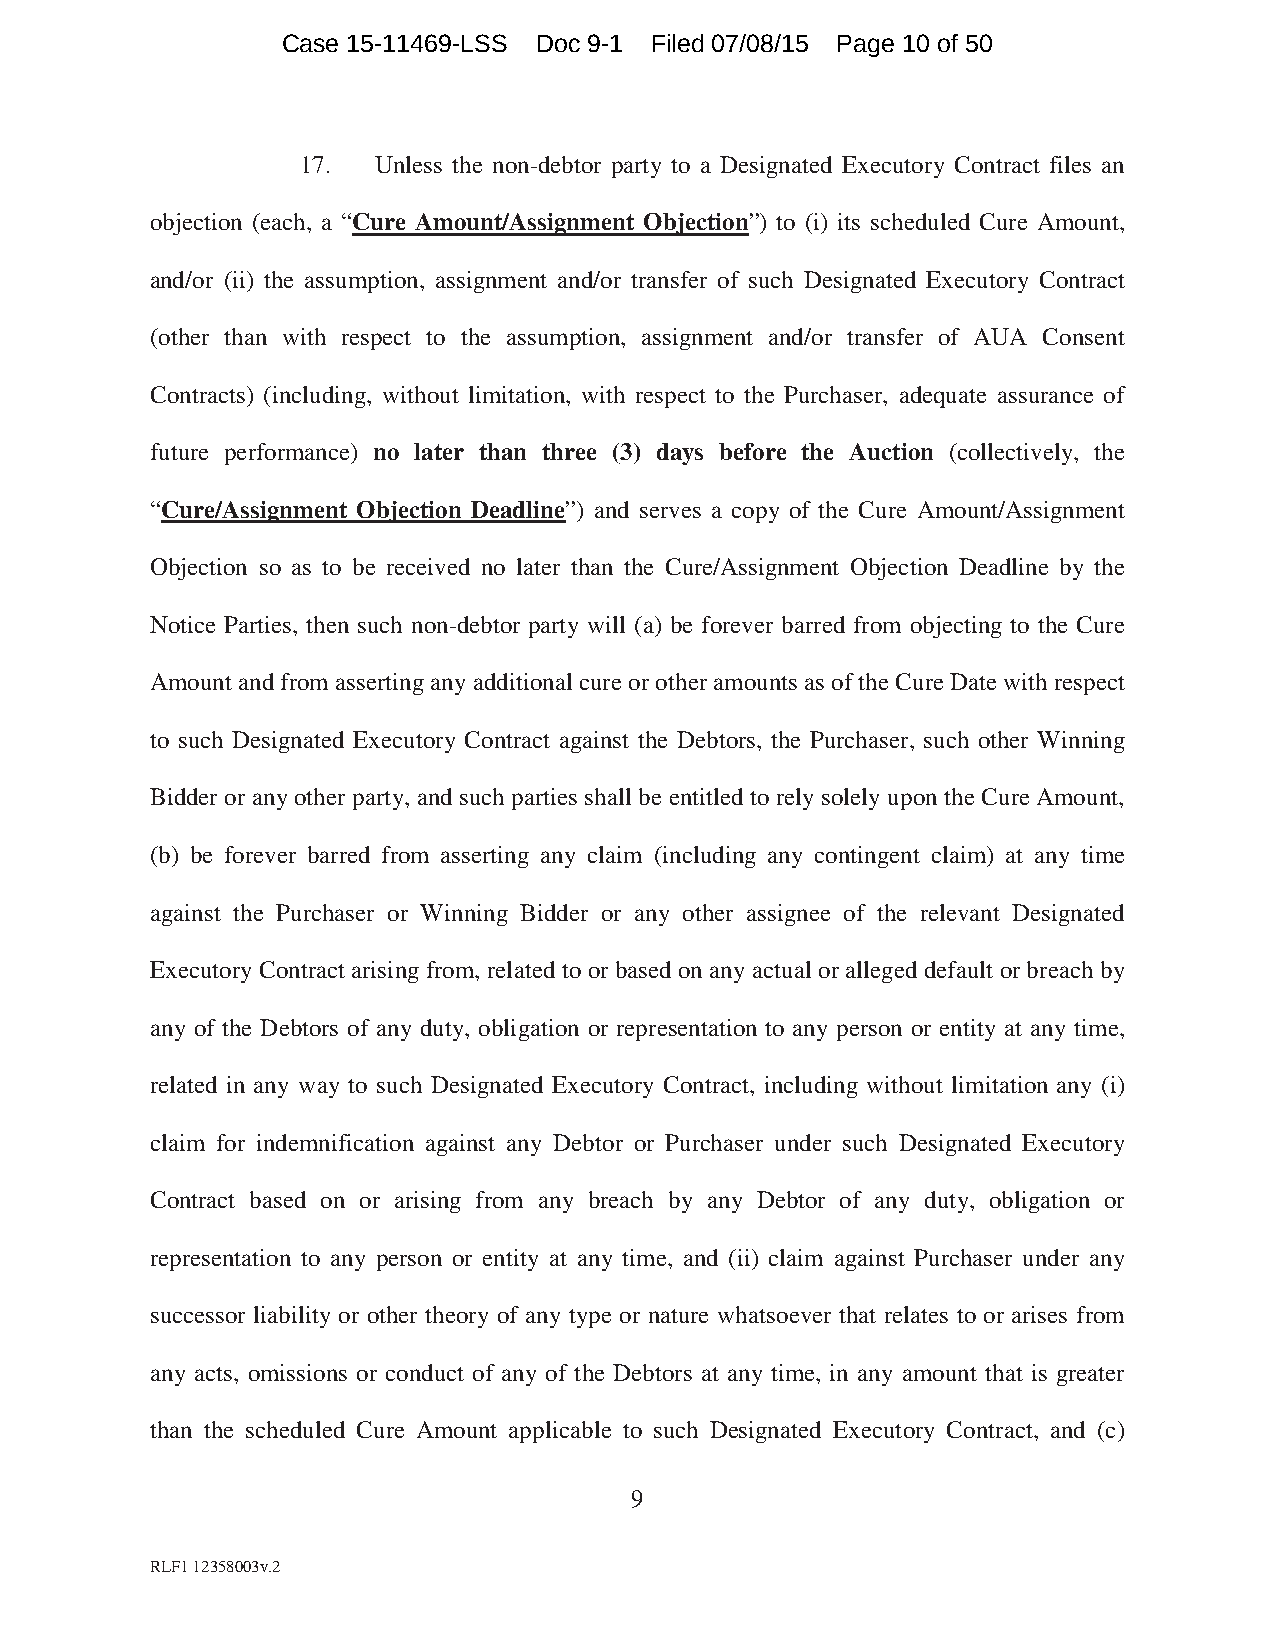
Case 15-11469-LSS Doc 9-1 Filed 07/08/15 Page 10 of 50
 17.  Unless the non-debtor party to a Designated Executory Contract files an
 objection (each, a “Cure Amount/Assignment Objection”) to (i) its scheduled Cure Amount,
 and/or (ii) the assumption, assignment and/or transfer of such Designated Executory Contract
 (other than with respect to the assumption, assignment and/or transfer of AUA Consent
 Contracts) (including, without limitation, with respect to the Purchaser, adequate assurance of
 future performance) no later than three (3) days before the Auction (collectively, the
 “Cure/Assignment Objection Deadline”) and serves a copy of the Cure Amount/Assignment
 Objection so as to be received no later than the Cure/Assignment Objection Deadline by the
 Notice Parties, then such non-debtor party will (a) be forever barred from objecting to the Cure
 Amount and from asserting any additional cure or other amounts as of the Cure Date with respect
 to such Designated Executory Contract against the Debtors, the Purchaser, such other Winning
 Bidder or any other party, and such parties shall be entitled to rely solely upon the Cure Amount,
 (b) be forever barred from asserting any claim (including any contingent claim) at any time
 against the Purchaser or Winning Bidder or any other assignee of the relevant Designated
 Executory Contract arising from, related to or based on any actual or alleged default or breach by
 any of the Debtors of any duty, obligation or representation to any person or entity at any time,
 related in any way to such Designated Executory Contract, including without limitation any (i)
 claim for indemnification against any Debtor or Purchaser under such Designated Executory
 Contract based on or arising from any breach by any Debtor of any duty, obligation or
 representation to any person or entity at any time, and (ii) claim against Purchaser under any
 successor liability or other theory of any type or nature whatsoever that relates to or arises from
 any acts, omissions or conduct of any of the Debtors at any time, in any amount that is greater
 than the scheduled Cure Amount applicable to such Designated Executory Contract, and (c)
 9
 RLF1 12358003v.2